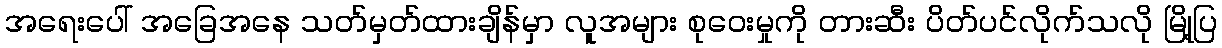
အရေးပေါ် အခြေအနေ သတ်မှတ်ထားချိန်မှာ လူအများ စုဝေးမှုကို တားဆီး ပိတ်ပင်လိုက်သလို မြို့ပြ